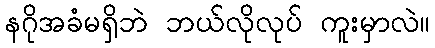
နဂိုအခံမရှိဘဲ ဘယ်လိုလုပ် ကူးမှာလဲ။